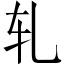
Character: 轧